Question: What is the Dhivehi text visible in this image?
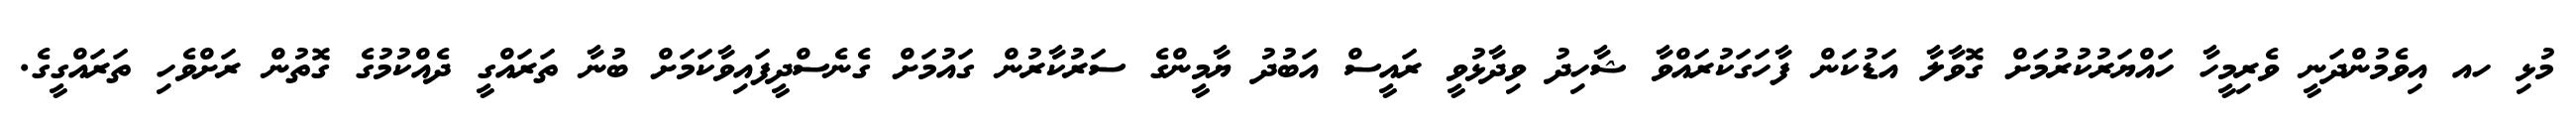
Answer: މުޅި ހއ އިވެމުންދަނީ ވެރިމީހާ ހައްޔަރުކުރުމަށް ގޮވާލާ އަޑުކަން ފާހަގަކުރައްވާ ޝާހިދު ވިދާޅުވީ ރައީސް އަބުދު ޔާމީންގެ ސަރުކާރުން ގައުމަށް ގެނެސްދީފައިވާކަމަށް ބުނާ ތަރައްގީ ދެއްކުމުގެ ގޮތުން ރަށްވެހި ތަރައްގީގެ.